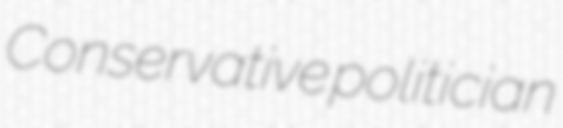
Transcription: Conservative politician